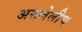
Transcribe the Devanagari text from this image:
असलेलीच